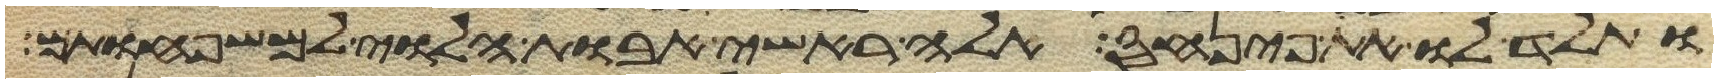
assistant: ותלד לו את פינחס אלה ראשי אבות הלוי למשפחותם